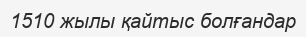
1510 жылы қайтыс болғандар